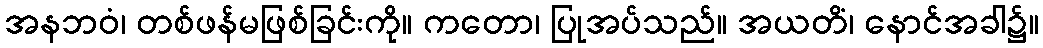
အနဘဝံ၊ တစ်ဖန်မဖြစ်ခြင်းကို။ ကတော၊ ပြုအပ်သည်။ အယတိံ၊ နောင်အခါ၌။